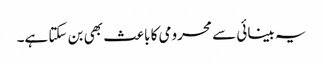
یہ بینائی سے محرومی کا باعث بھی بن سکتا ہے۔